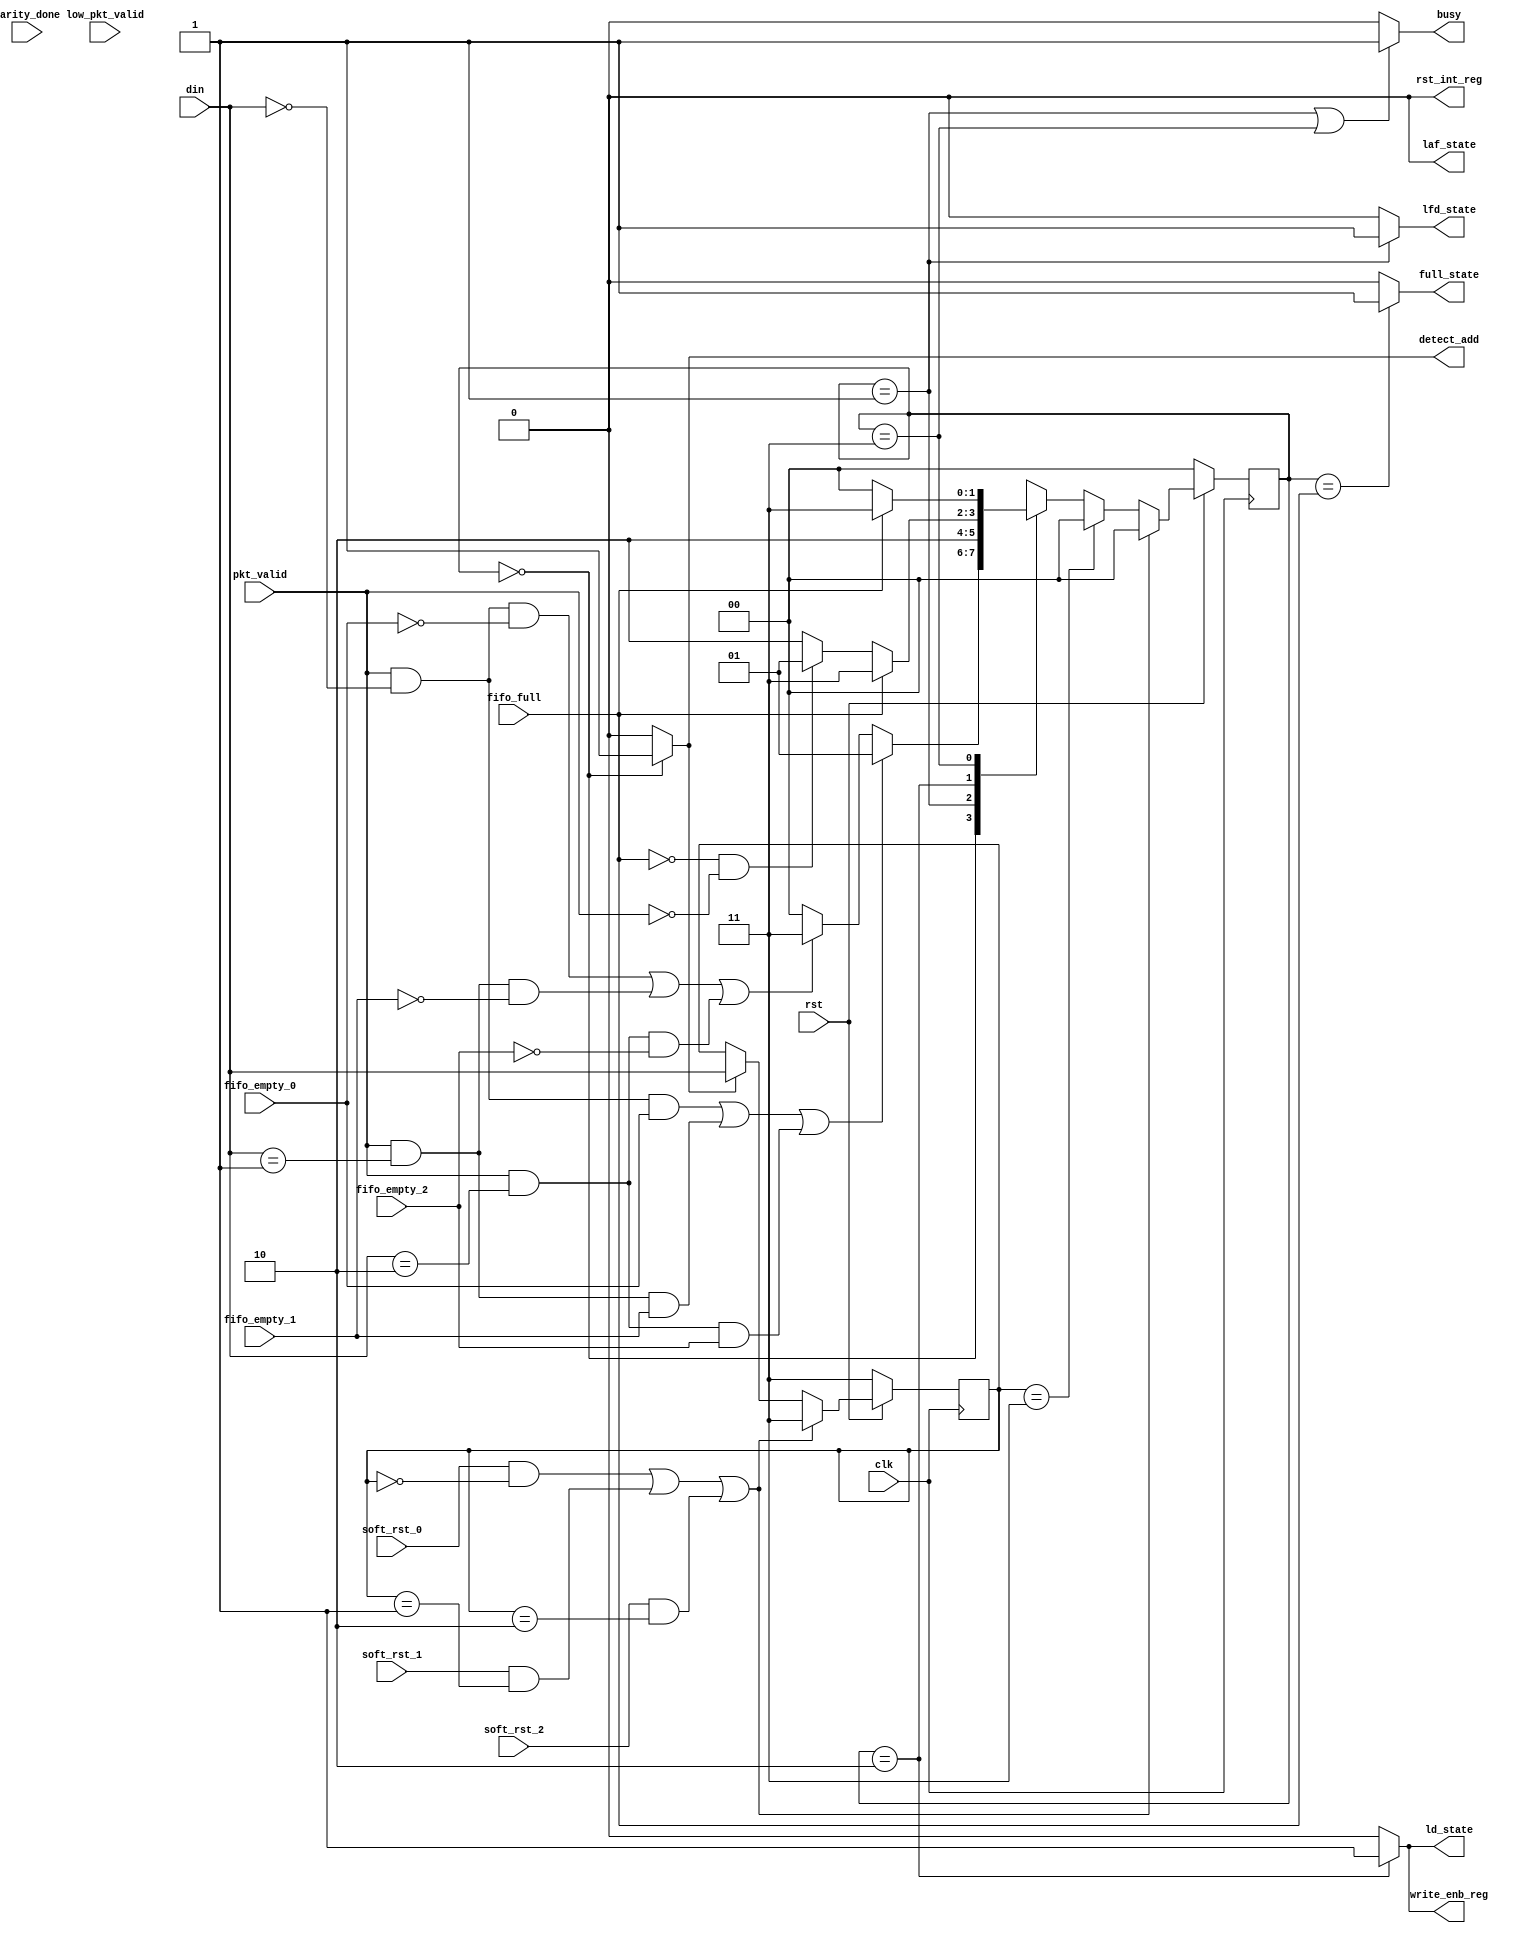
module router_fsm(input clk, rst, pkt_valid,parity_done, soft_rst_0,soft_rst_1,soft_rst_2,

fifo_full,fifo_empty_0,fifo_empty_1,fifo_empty_2,low_pkt_valid,

input [1:0]din,

output busy, detect_add,ld_state,laf_state,full_state,write_enb_reg,rst_int_reg,lfd_state);



//internal variabels



reg [1:0] addr;

reg [1:0] p_state, next_state;



parameter decode_address = 3'b000,

load_first_data = 3'b001,

load_data = 3'b010,

fifo_full_state = 3'b011,

load_after_full = 3'b100,

load_parity = 3'b101,

check_parity_error = 3'b110,

wait_till_empty= 3'b111;



always@(posedge clk)

begin

if(!rst)

addr <=2'b11;

else if

((soft_rst_0 && addr == 2'b00) || (soft_rst_1 && addr == 2'b01) || (soft_rst_2 && addr == 2'b10))

addr <= 2'b11;

else if (detect_add )

addr <= din;

end



// present state logic 



always@(posedge clk) begin

if (!rst)

p_state <= decode_address;

else if 

((soft_rst_0 && addr == 2'b00) || (soft_rst_1 && addr == 2'b01) || (soft_rst_2 && addr == 2'b10))

p_state <= decode_address;

else 

p_state <= next_state;

end



//next_state logic



always @(*)

begin

if(addr==2'b11)

next_state = decode_address ;

else

begin

case(p_state)

decode_address : if(!rst)

next_state = decode_address ;

else if ((pkt_valid &&(din[1:0]==0)&&fifo_empty_0)||(pkt_valid&&(din[1:0]==2'b01)&&fifo_empty_1)||(pkt_valid&&(din[1:0]==2'b10)&&fifo_empty_2))

next_state =load_first_data ;

else if ((pkt_valid &&(din[1:0]==0)&&!fifo_empty_0)||(pkt_valid&&(din[1:0]==2'b01)&&!fifo_empty_1)||(pkt_valid&&(din[1:0]==2'b10)&&!fifo_empty_2))

next_state = wait_till_empty ;

else

next_state =decode_address;

load_first_data :next_state = load_data;



load_data : if (fifo_full)

next_state = fifo_full_state ;

else if (!fifo_full && !pkt_valid )

next_state = load_parity ;

else

next_state = load_data ;



fifo_full_state : if (!fifo_full)

next_state =load_after_full ;

else

next_state = fifo_full_state ;



load_after_full : if (!parity_done && !low_pkt_valid)

next_state =load_data ;

else if (!parity_done && low_pkt_valid)

next_state =load_parity ;

else if (parity_done)

next_state =decode_address ;



load_parity : next_state = check_parity_error ;



check_parity_error : 

if(fifo_full)

next_state =fifo_full_state ;

else if (!fifo_full)

next_state = decode_address ;



wait_till_empty : if ((fifo_empty_0 && addr ==0)||(fifo_empty_1 && addr==1)||(fifo_empty_2 && addr==2))

next_state =load_first_data ;

else

next_state = wait_till_empty ;

endcase

end

end



// output logic



assign lfd_state = (p_state ==load_first_data)?1'b1:1'b0;

assign rst_int_reg = (p_state == check_parity_error)?1:0;

assign full_state = (p_state ==fifo_full)? 1'b1:1'b0;

assign ld_state =(p_state == load_data)?1:0;

assign laf_state = (p_state == load_after_full)?1:0;

assign detect_add =(p_state ==decode_address)?1:0;

assign write_enb_reg = ((p_state ==load_data)||(p_state ==load_after_full)||(p_state==load_parity))?1:0;

assign busy = ((p_state ==load_first_data)||(p_state ==load_parity)||(p_state==load_after_full)||(p_state ==fifo_full_state)||(p_state ==check_parity_error)||(p_state==wait_till_empty))?1:0;



endmodule